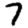
Digit: 7